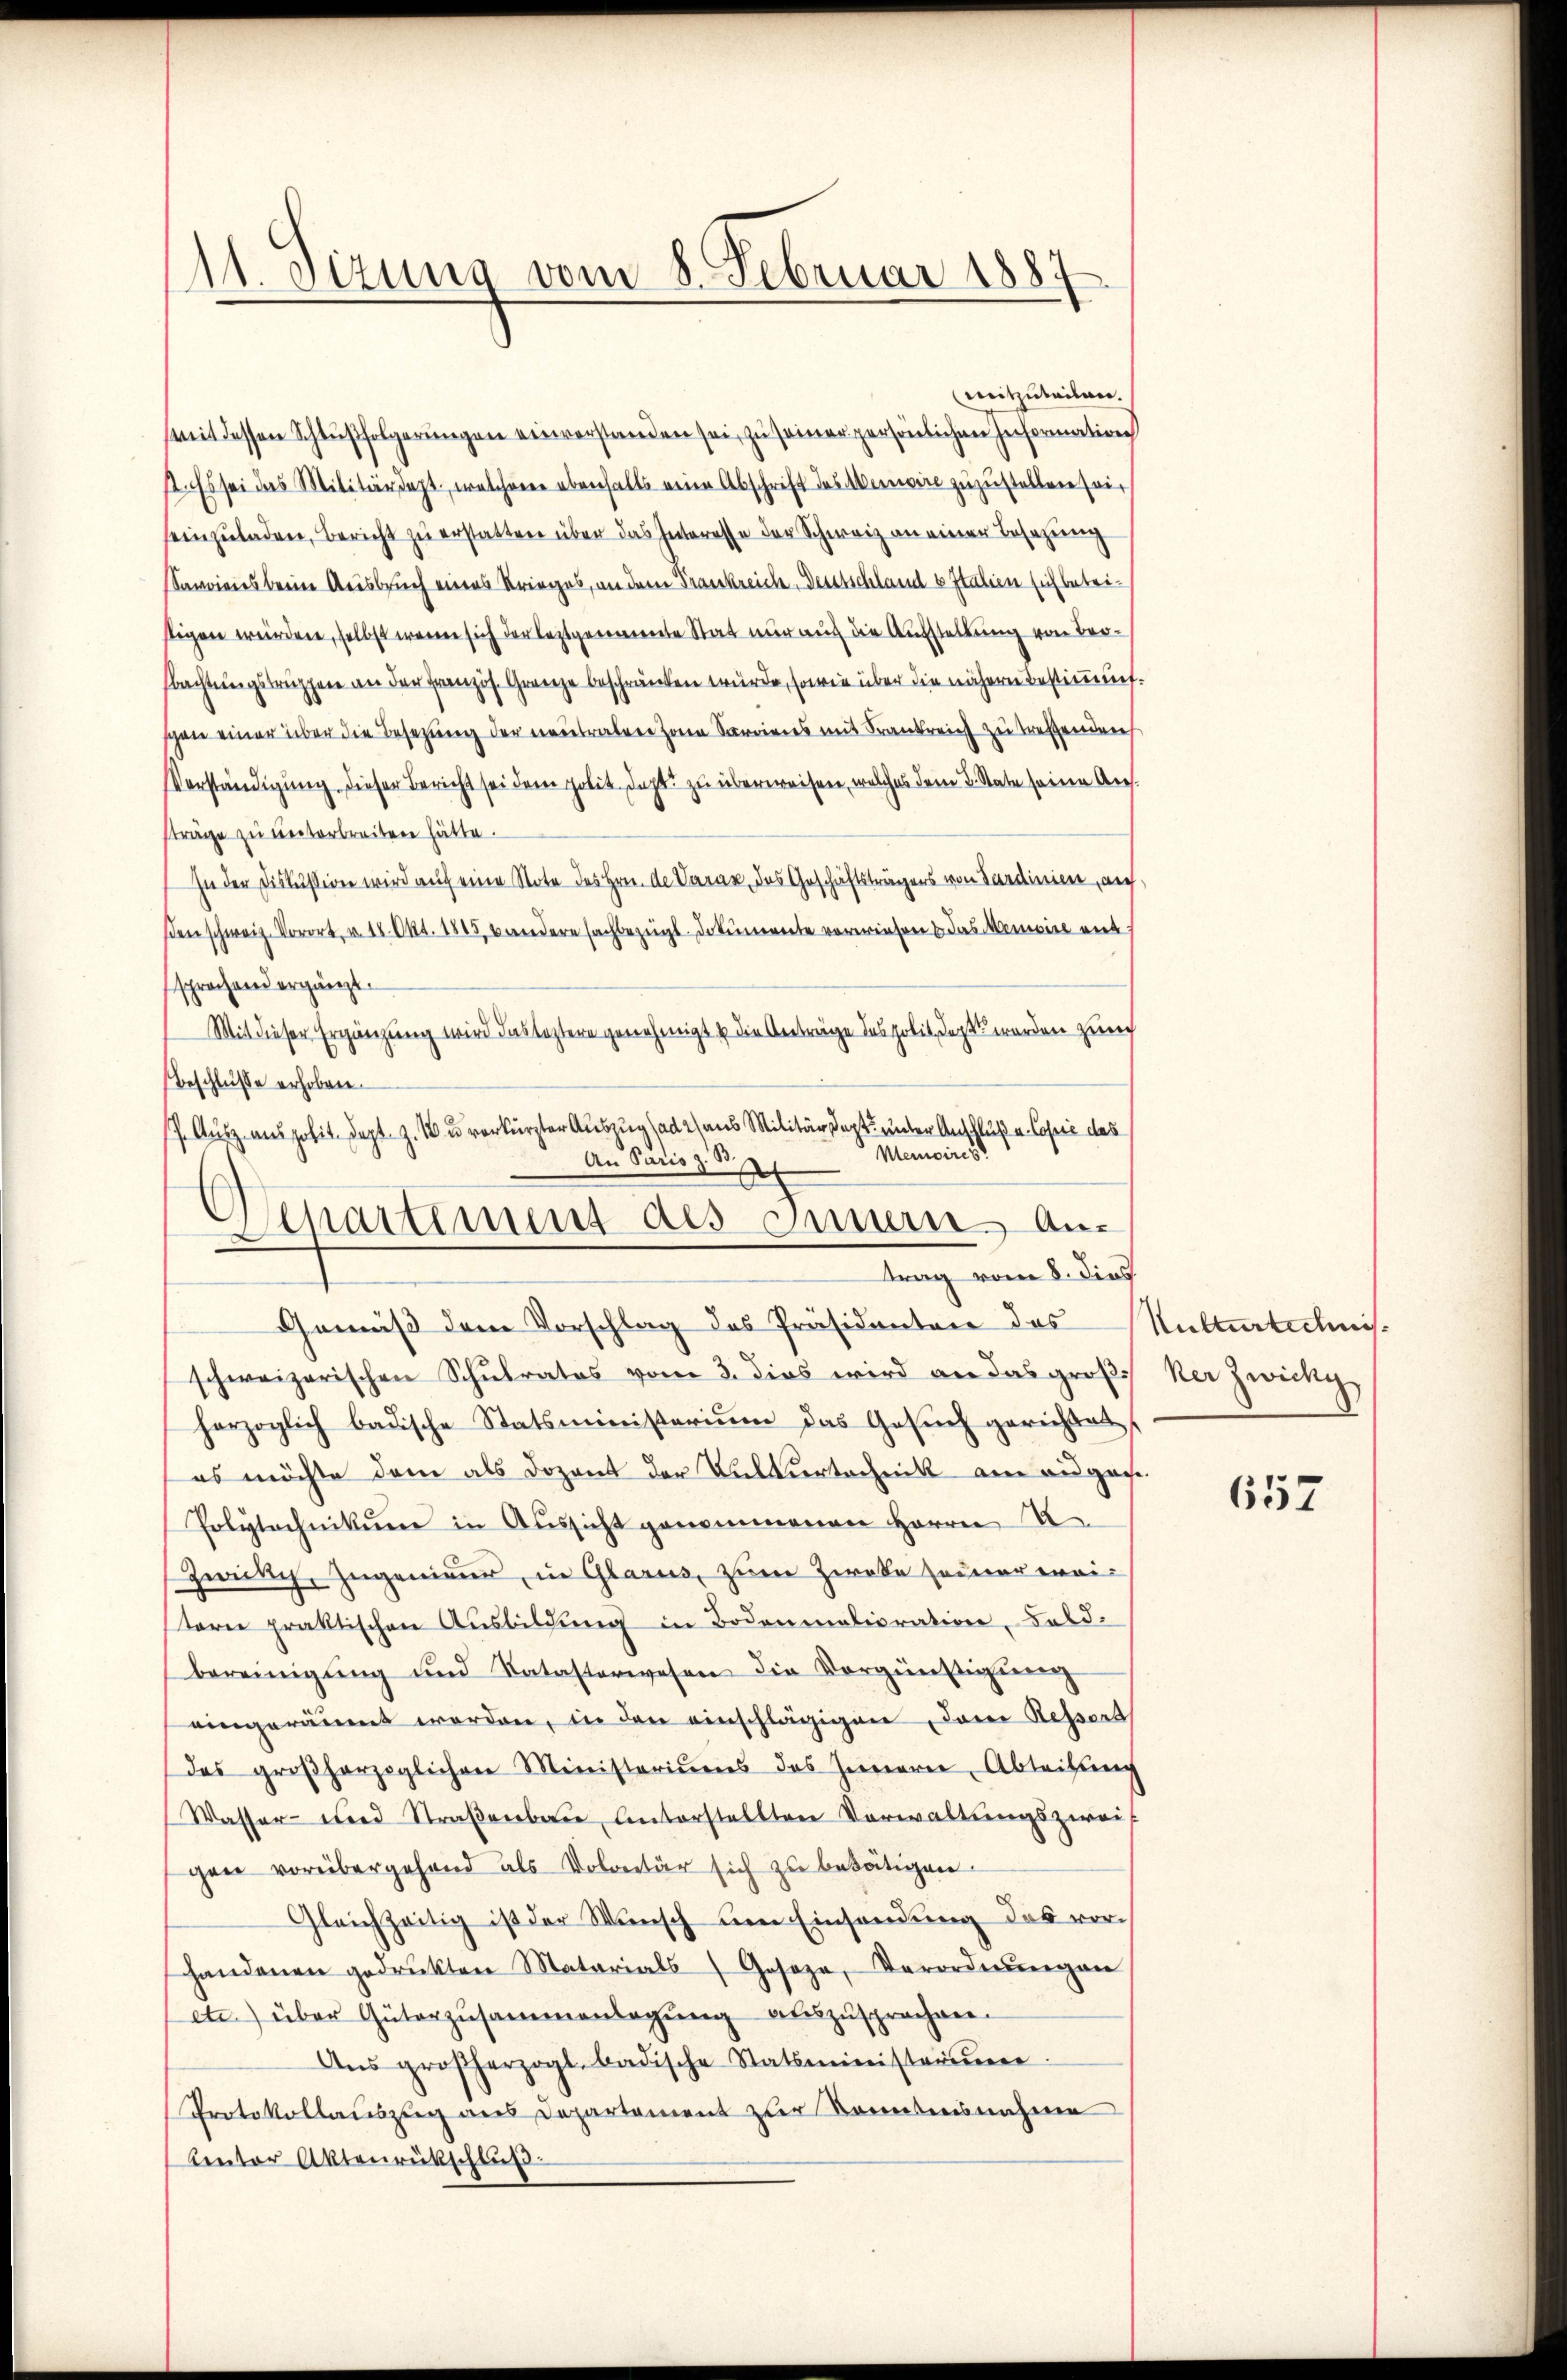
11. Sizung vom 8. Februar 1887

mitzuteilen.
weit dessen Schlußfolgerungen einverstanden sei, zu seiner persönlichen Information
st. Es sei das Militärdept, welcher ebenfalls eine Abschrift des Memoire zuzustellen sein
seinzuladen, Bericht zu erstatten über das Interesse der Schweiz an einer Besetzung
Savoieies beim Ausbruch eines Krieges, an dem Trankreich-deutschland u Italien sich betristigen würden, selbst wenn sich der leztgenomete Stat nur auch die Aufstellung von Ver¬
Nachtungstruppen an der Französ. Grenze beschränken würde, sowie über die nähere Bestimmung.
schon einer über die Besetzung der neutralen zu Sardiens mit Frank zu treffenden
VVerständigung dieser Bericht sei dem polit. dacht zu überweisen, welches dem L. State seine Aussträge zu unterbreiten hätte.
In der Diskussion wird auf eine Note des Hrn. de Daran, das Geschäftsträgers von Sardinien, auf
sden schweiz. Vorort, u. 18. Okt. 1845 bandere sachbezügl. Dokumente verwiesen & das Memoire mit
sprochend ergänzt.
Mit dieser Ergänzung wird das leztere genehmigt & die Anträge des polit, dort werden zürch
Beschluße erhoben.
7. Ausz. aus polit. Sept. Z. W. u. verkürzter Auszug (ad 2) aus Militärdept. unter Anschluß v. Copie des
Memoires
An Paris z. B
Gemäß dem Vorschlag des Präsidenten des
schweizerischen Schulrates vom 3. dies wird an das groß
herzoglich badische Statsministerium das Gesŭch gerichtet,
es möchte dem als Dozent der Kulturtechnick ane angese
Polytechnikum in Aussicht genommenen Herrn A
Zwilch, Zugenimmen, in Glarus, zum Zweke seiner weiterne praktischen Ausbildung in Bodenmalioration, Bald-
bereinigŭng und Katasterwesen die Vorgünstigung
eingeräumt werden, in den einschlägigen, dem Ressert
des großherzoglichen Ministeriums des Innern, Abtreitung
Wasser- und Straβenbau, unterstellten Verwaltungszwei-
gen vorübergehend als Volontär sich zu betätigen.
Gleichzeitig ist der Wŭnsch um Einsendung das vorhandenen gedruckten Materials Geseze, Verordnŭngen
etc.) über Güterzŭsammenlegŭng auszusprochen.
Ans großherzogl. badische Statsministainer
Protokollauszug aus Departement zur Kenntnisnahme
Centor Aktenrückschluß.

Separtement des Innern Antrag vom 8. dies

Kulturtechnis.
ker Zwicky

657